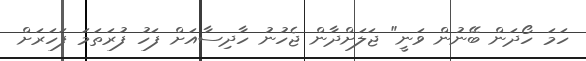
ހަމަ ހޯދަން ބޭނުން ވަނީ" ޖަލަށްދާން ޖެހުނު ހާދިސާއަށް ފަހު ފުރަތަމަ ފަހަރަށް